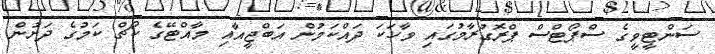
ސަންޓީވީގެ ސްޕޯޓްސް ޕްރޮގުރާމުގައި ވާހަކަ ދައްކަމުން އަބްޖީއާއި މާއްޓޭގެ ކޯޗް ކަމުގެ ދަށުން